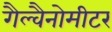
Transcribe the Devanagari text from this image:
गैल्वैनोमीटर